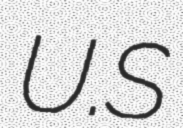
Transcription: U.S